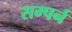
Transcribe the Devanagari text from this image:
सम्पर्न